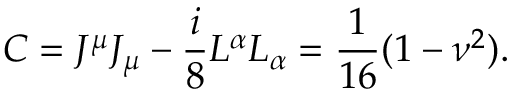
C = J ^ { \mu } J _ { \mu } - \frac { i } { 8 } L ^ { \alpha } L _ { \alpha } = \frac { 1 } { 1 6 } ( 1 - \nu ^ { 2 } ) .